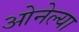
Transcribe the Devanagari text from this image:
ओनेल्या